Eesti_Vabariigi_Tartu_Ulikool, lk 86
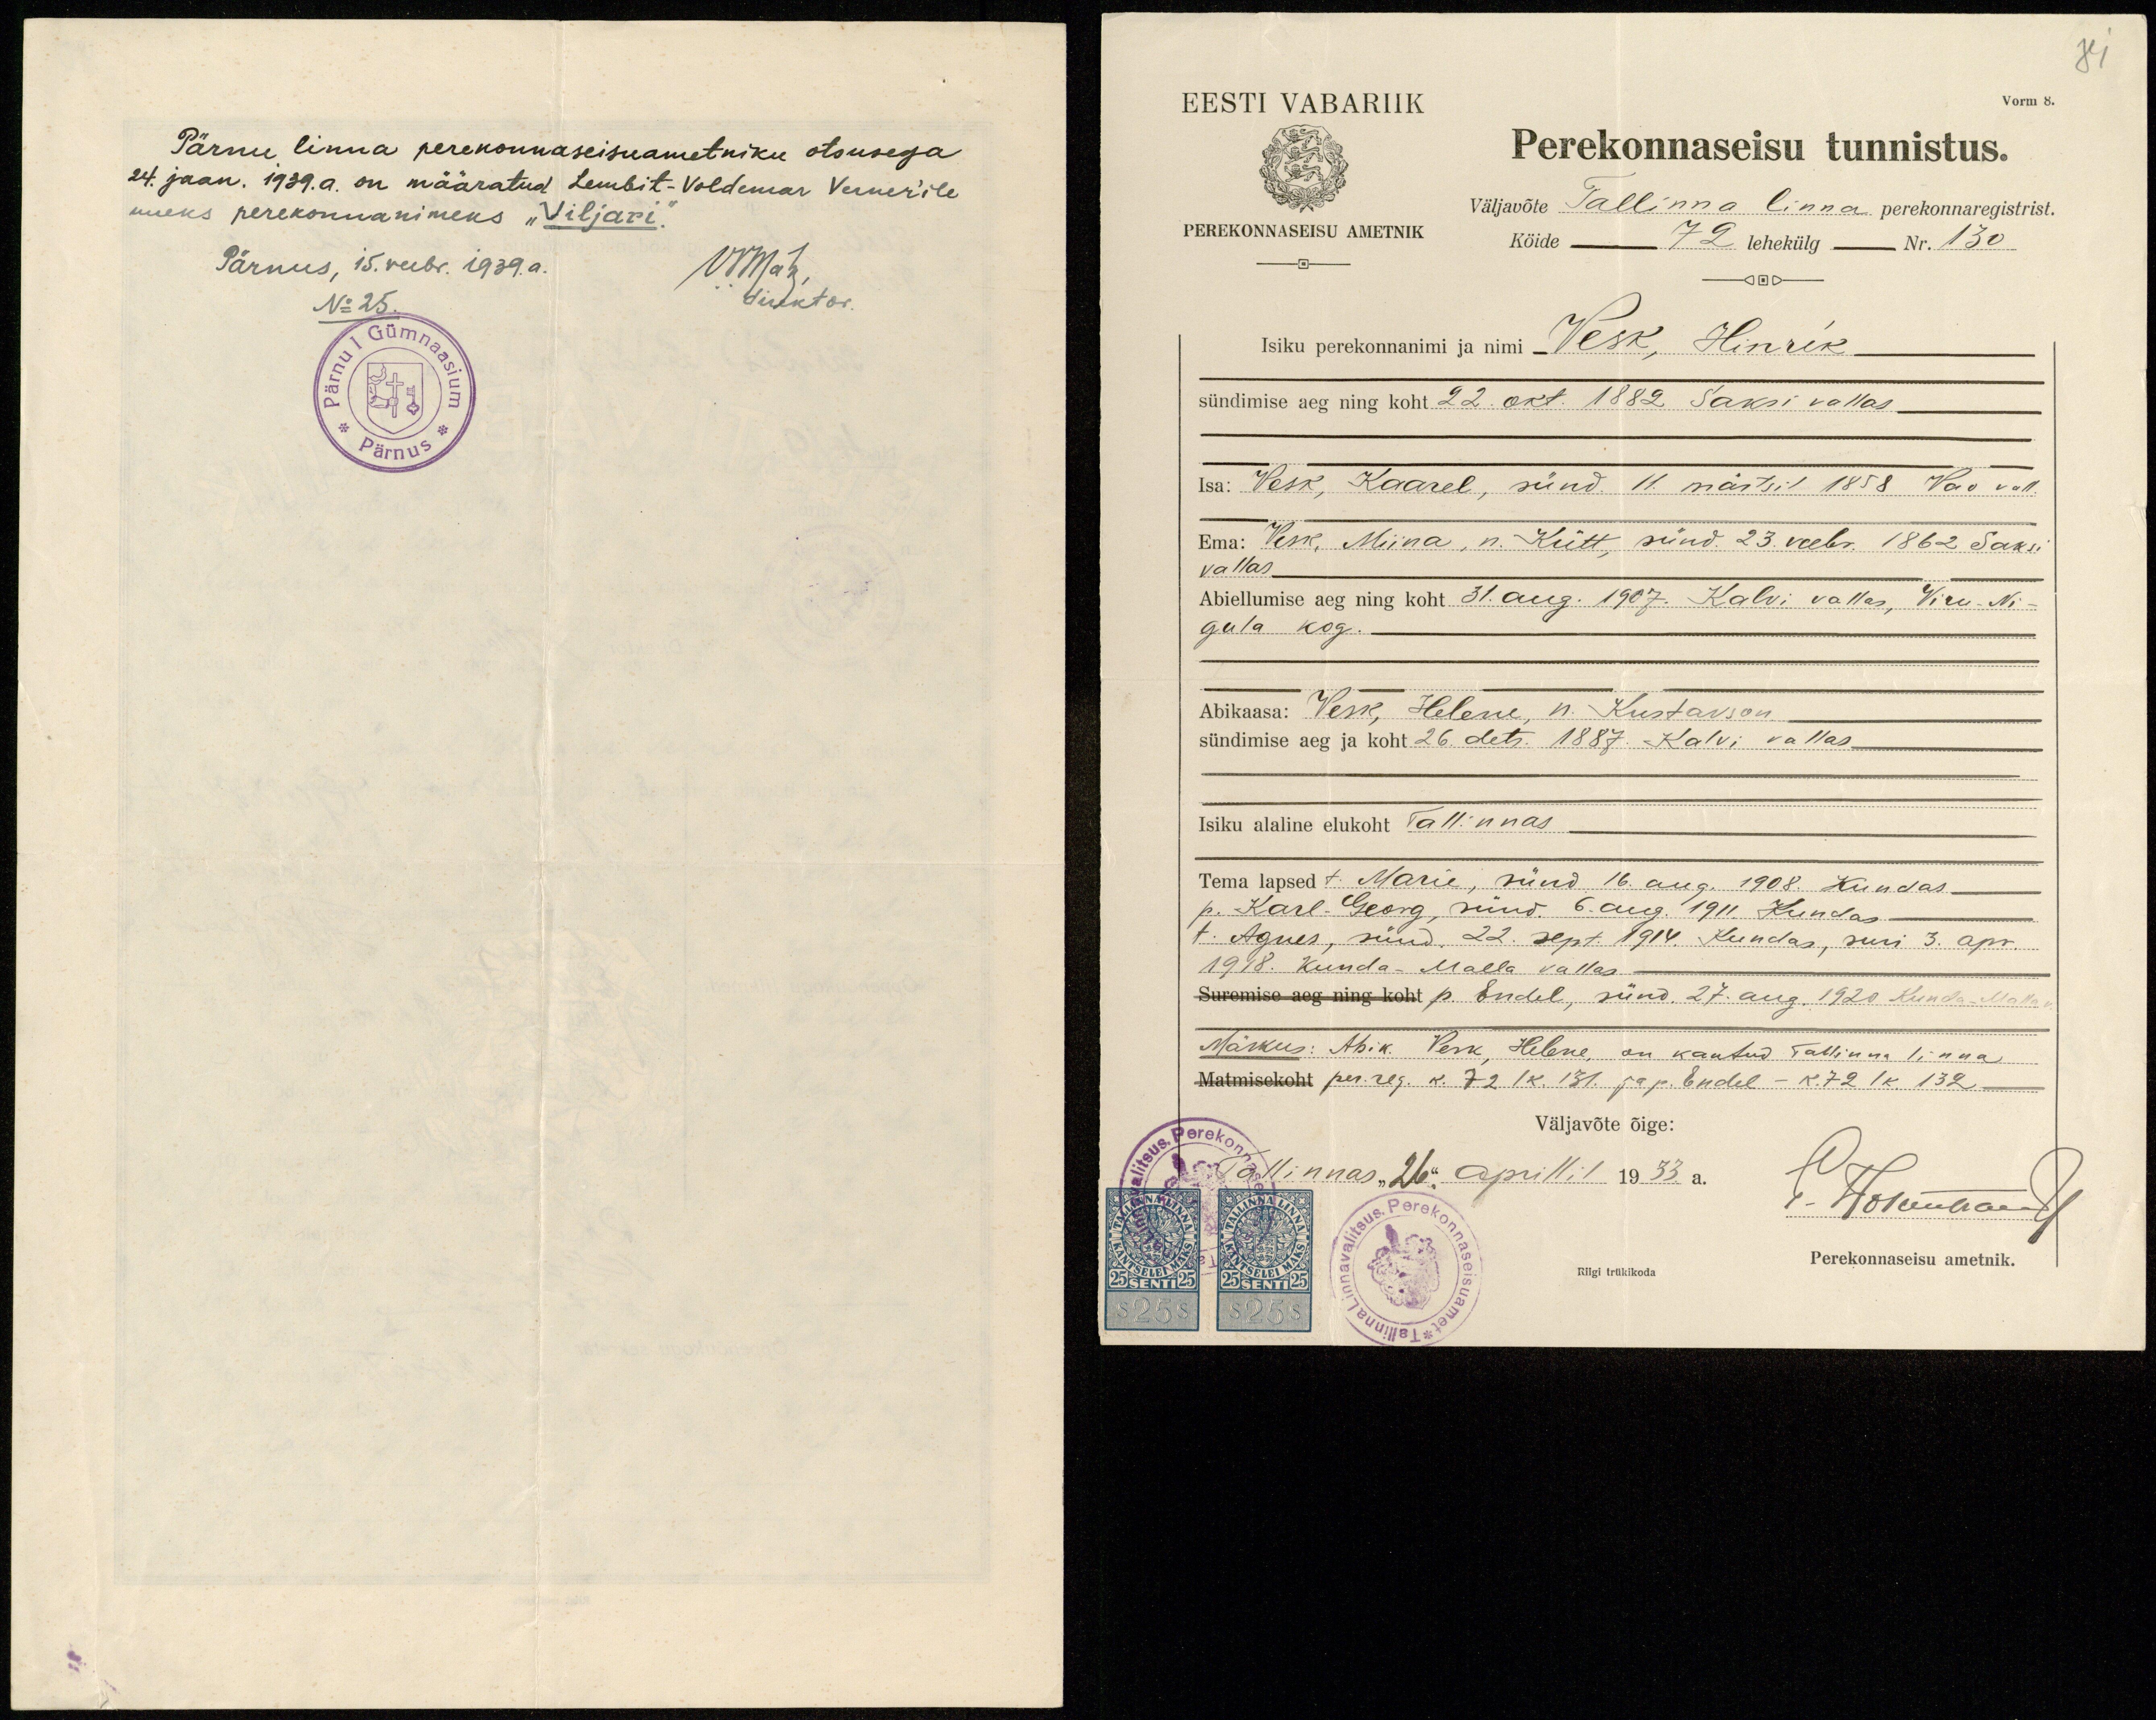
81
Vorm 8.
EESTI VABARIIK
PEREKONNASEISU AMETNIK
Perekonnaseisu tunnistus.
Väljavõte Tallinna linna perekonnaregistrist.
Köide 72 lehekülg Nr. 130
Isiku perekonnanimi ja nimi Vesk, Hinrik
sündimise aeg ning koht 22. okt. 1882 Saksi vallas.
Isa: Vesk, Kaarel, sünd. 11. märtsil 1858 Vao vall.
Ema: Vesk, Miina, n. Kütt, sünd. 23. veebr. 1862 Saksi
vallas.
Abiellumise aeg ning koht 31. aug. 1907. Kalvi vallas, Viru- Ni-
gula kog.
Abikaasa: Vesk, Helene, n. Kustavson.
sündimise aeg ja koht 26. dets. 1887. Kalvi vallas-
Isiku alaline elukoht Tallinnas
Tema lapsed t. Marie, sünd 16. aug. 1908. Kundas
p. Karl Georg, sünd. 6. aug. 1911. Kundas-
t. Agnes, süüd 22. sept. 1914. Kundas, suri 3. apr.
1918. Kunda-Malla vallas.
Suremise aeg ning koht p. Endel, sünd. 27. aug. 1920 Kunda-Malla v.
Märkus: Abik Perk, Helene, on kantud Tallinna linna
Matmisekoht per. reg. k. 72 lk. 131. ja p. Endel - k.72 lk. 132
Väljavõte õige:
Tallinnas "26." aprillil 1933.a.
P. Hoivunaeni
Riigi trükikoda
Perekonnaseisu ametnik.

Pärnu linna perekonnaseisuametniku otsusega,
24. jaan. 1939. a. on määratud Lembit-Voldemar Verner'ile
uueks perekonnanimeks "Viljari".
Pärnus, 15. veebr. 1939.a.
VIIIat
direktor
No 25.